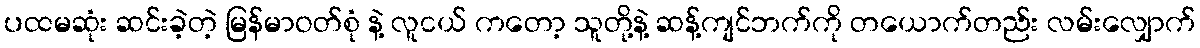
ပထမဆုံး ဆင်းခဲ့တဲ့ မြန်မာဝတ်စုံ နဲ့ လူငယ် ကတော့ သူတို့နဲ့ ဆန့်ကျင်ဘက်ကို တယောက်တည်း လမ်းလျှောက်